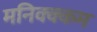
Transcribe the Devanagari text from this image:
मनिक्क्कम